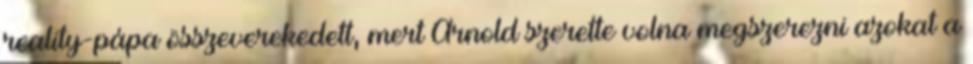
reality-pápa összeverekedett, mert Arnold szerette volna megszerezni azokat a